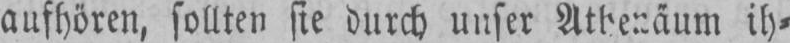
aufhören, sollten sie durch unser Athenäum ih⸗